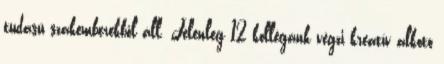
tudású szakemberekből áll. Jelenleg 12 kollégánk végzi kreatív alkotó